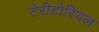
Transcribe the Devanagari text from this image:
टेरीटोरियल